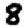
Digit: 8